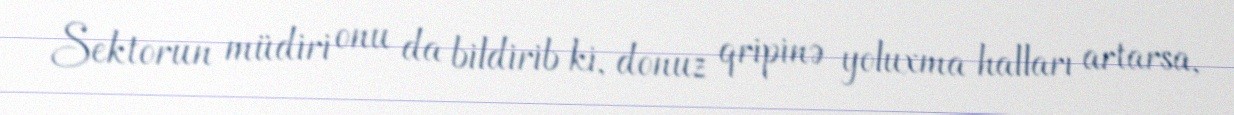
Sektorun müdiri onu da bildirib ki, donuz qripinə yoluxma halları artarsa,